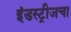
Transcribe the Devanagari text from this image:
इंडस्ट्रीजचा